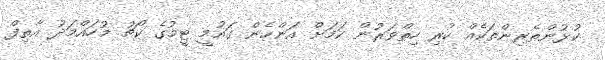
ކުޅުންތެރިންތަކެއް ކުރި ހިތްވަރުން ކަމަށް އަންހެން ގައުމީ ޓީމުގެ ކޯޗު މުހައްމަދު އާތިފް